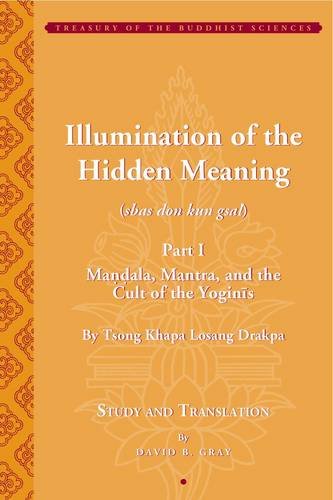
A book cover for Tsong Khapa's Illumination of the Hidden Meaning: Mandala, Mantra, and the Cult of the Yognis: Tsong Khapa's  Illumination of the Hidden Meaning: ... of Chapters 1-24 of the  sbas don kun sel; Religion & Spirituality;